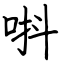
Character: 唞